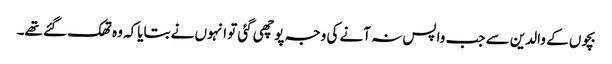
بچوں کے والدین سے جب واپس نہ آنے کی وجہ پوچھی گئی تو انہوں نے بتایاکہ وہ تھک گئے تھے۔